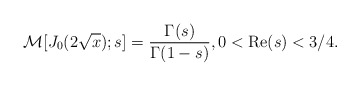
\begin{align*}\mathcal{M}[J_{0}(2\sqrt{x}); s] = \frac{\Gamma(s)}{\Gamma(1-s)}, 0 < {\rm Re}(s) < 3/4.\end{align*}